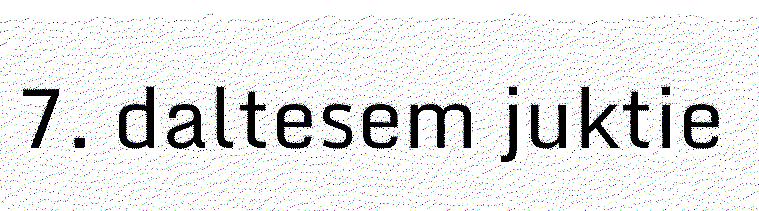
7. daltesem juktie